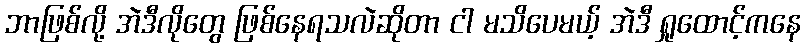
ဘာဖြစ်လို့ အဲဒီလိုတွေ ဖြစ်နေရသလဲဆိုတာ ငါ မသိပေမယ့် အဲဒီ ရှုထောင့်ကနေ